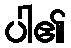
ပါ၏